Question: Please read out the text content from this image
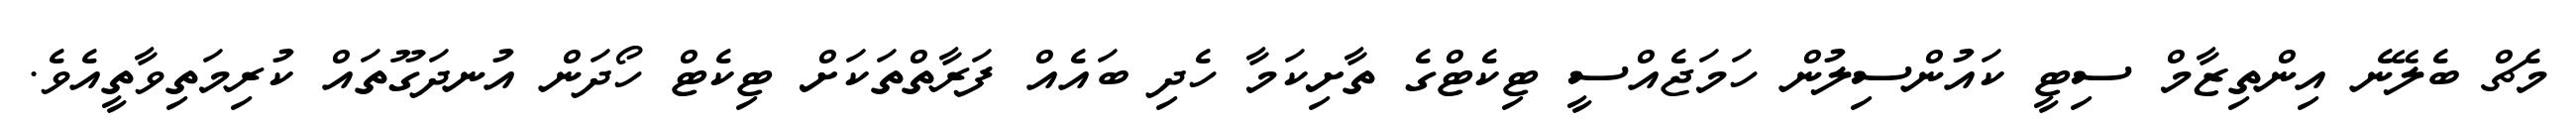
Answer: މެޗް ބެލޭނެ އިންތިޒާމް ސިޓީ ކައުންސިލުން ހަމަޖެއްސީ ޓިކެޓްގެ ތާށިކަމާ ހެދި ބައެއް ފަރާތްތަކަށް ޓިކެޓް ހޯދަން އުނދަގޫތައް ކުރިމަތިވާތީއެވެ.